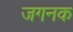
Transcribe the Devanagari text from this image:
जगनक